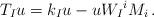
LaTeX: \begin{align*}T_{I}u = k_{I}u -uW_{I}{}^{i}M_{i}\, .\end{align*}